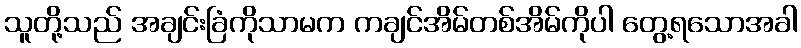
သူတို့သည် အချင်းခြံကိုသာမက ကချင်အိမ်တစ်အိမ်ကိုပါ တွေ့ရသောအခါ